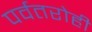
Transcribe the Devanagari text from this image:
पर्वतरोही